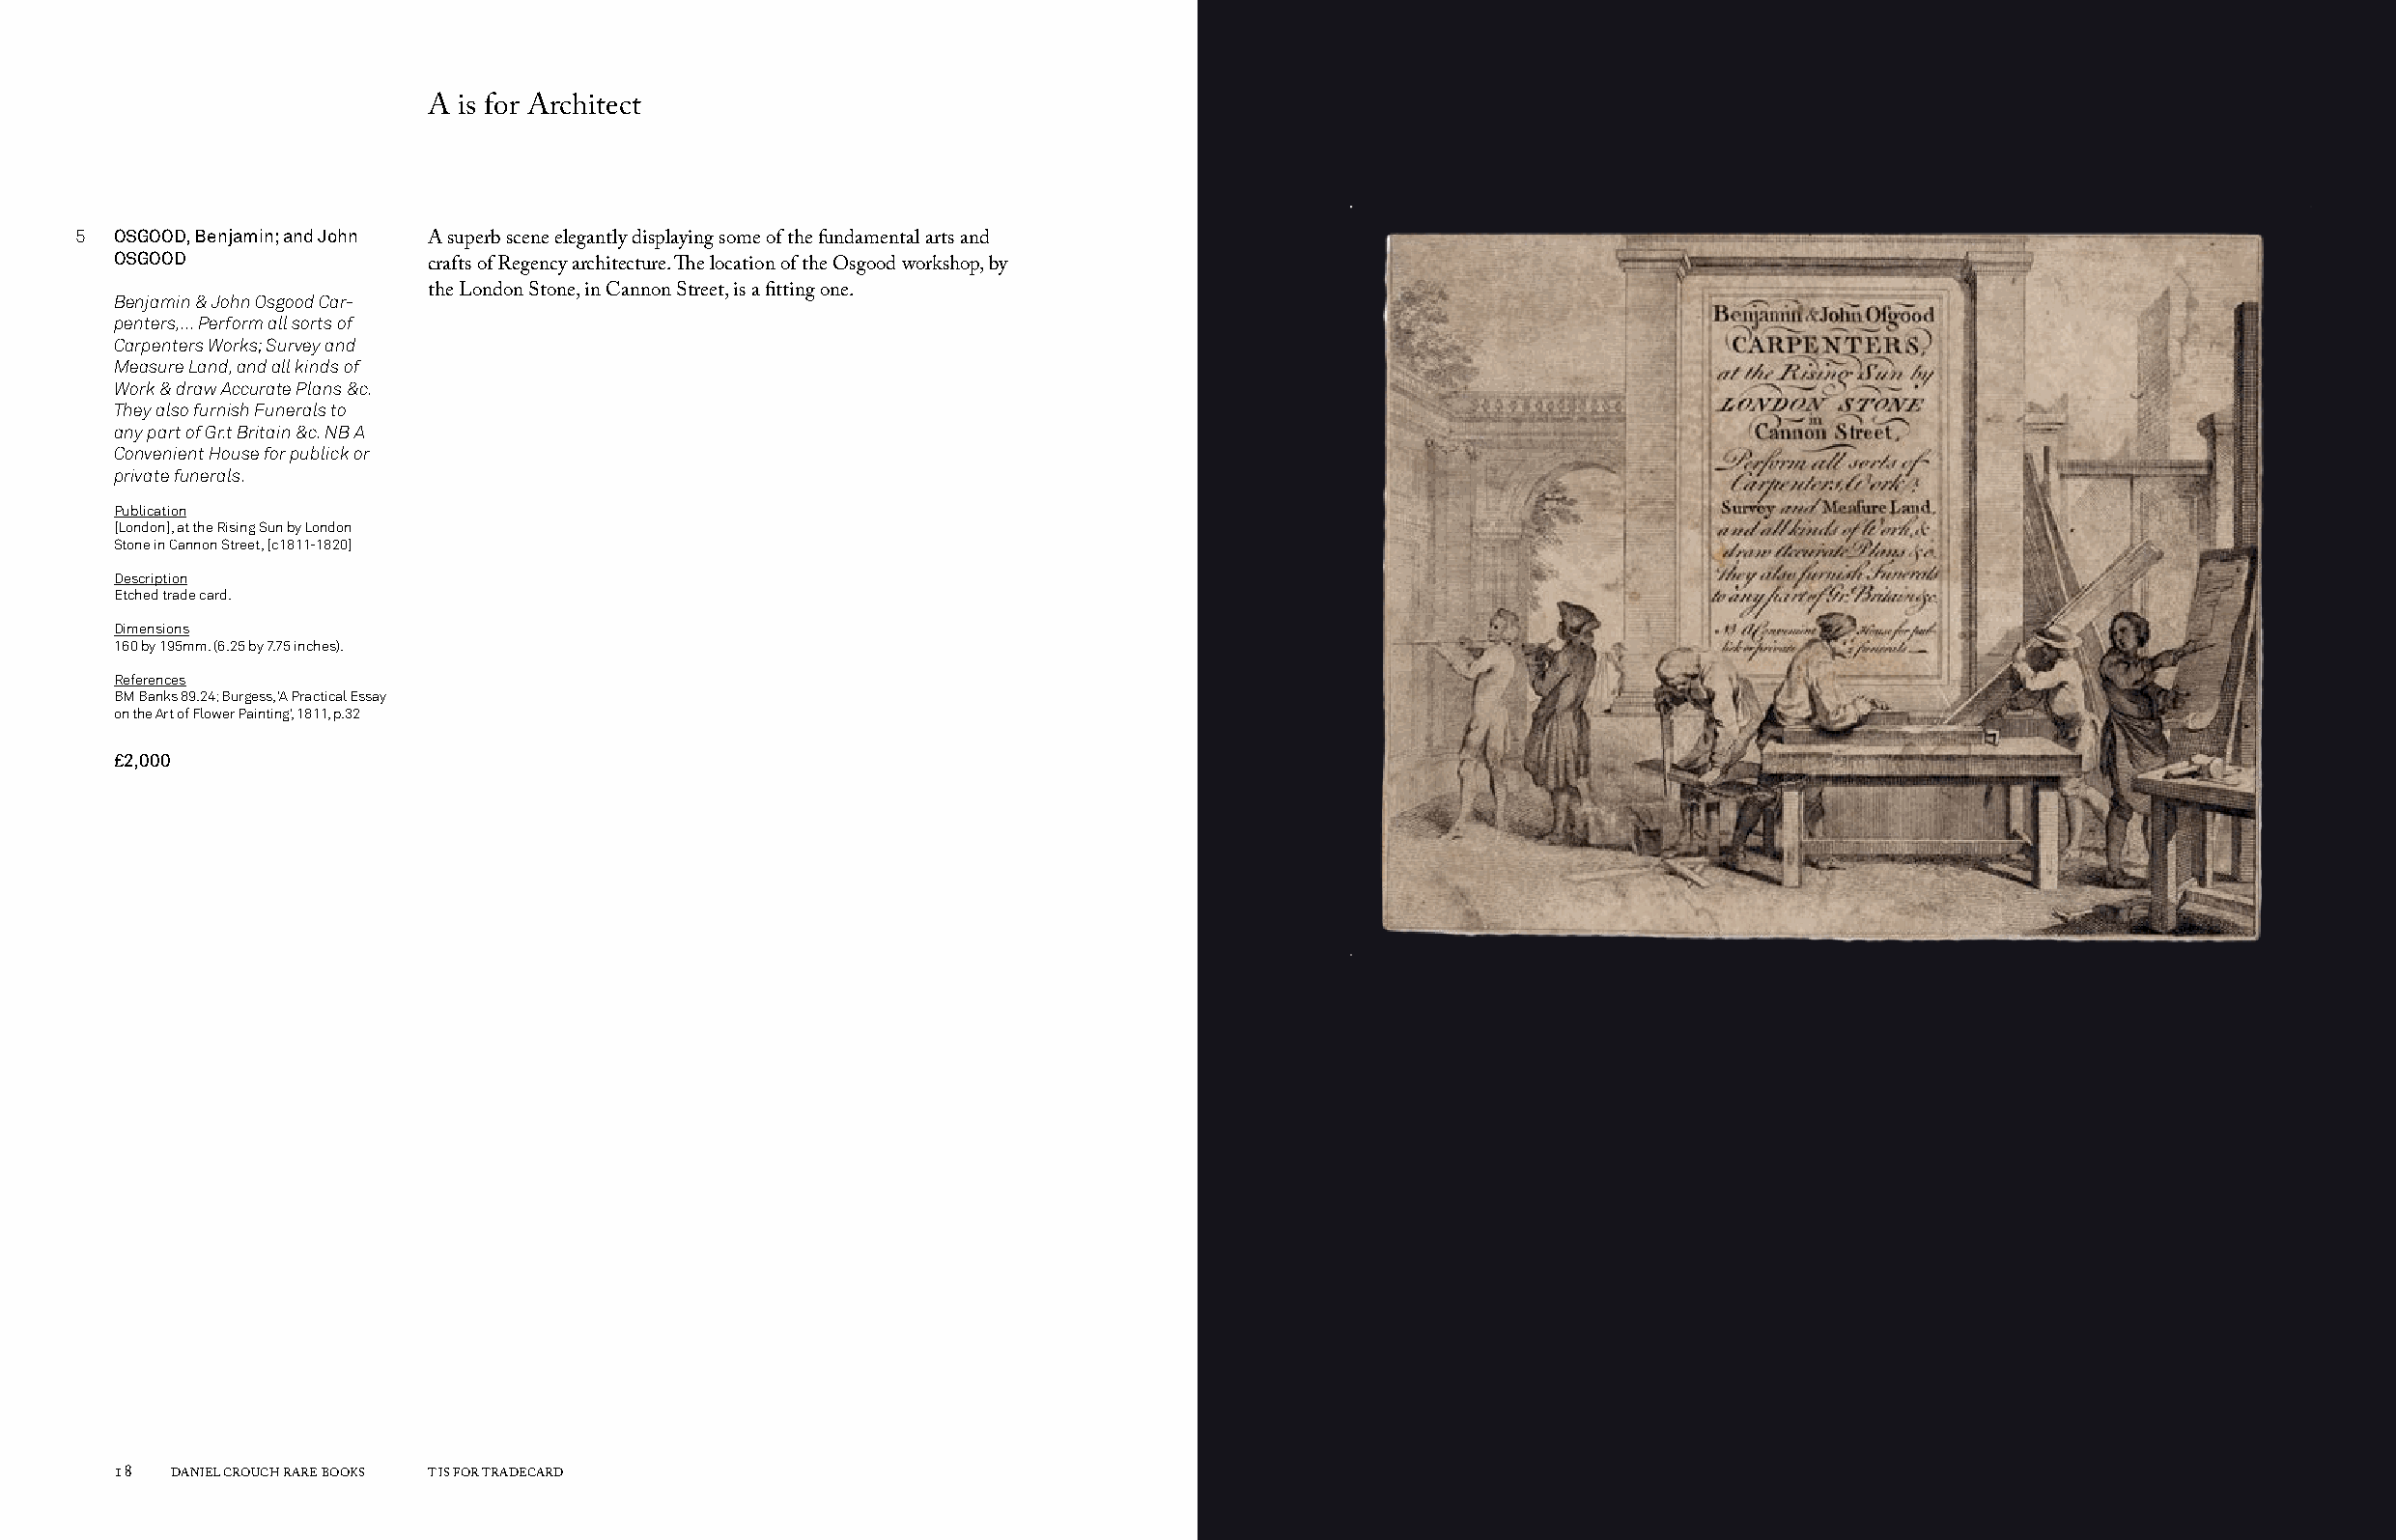
A is for Architect
 5  OSGOOD, Benjamin; and John
 A superb scene elegantly displaying some of the fundamental arts and
 OSGOOD
 crafts of Regency architecture. The location of the Osgood workshop, by
 Benjamin & John Osgood Car- the London Stone, in Cannon Street, is a fitting one.
 penters,... Perform all sorts of
 Carpenters Works; Survey and
 Measure Land, and all kinds of
 Work & draw Accurate Plans &c.
 They also furnish Funerals to
 any part of Gr.t Britain &c. NB A
 Convenient House for publick or
 private funerals.
 Publication
 [London], at the Rising Sun by London
 Stone in Cannon Street, [c1811-1820]
 Description
 Etched trade card.
 Dimensions
 160 by 195mm. (6.25 by 7.75 inches).
 References
 BM Banks 89.24; Burgess, ‘A Practical Essay
 on the Art of Flower Painting’, 1811, p.32
 £2,000
 18  DANIEL CROUCH RARE BOOKS T IS FOR TRADECARD                                                                       T IS FOR TRADECARD DANIEL CROUCH RARE BOOKS 19